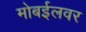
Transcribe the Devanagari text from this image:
मोबईलवर